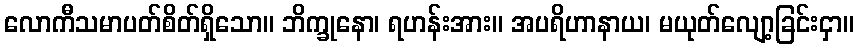
လောကီသမာပတ်စိတ်ရှိသော။ ဘိက္ခုနော၊ ရဟန်းအား။ အပရိဟာနာယ၊ မယုတ်လျော့ခြင်းငှာ။